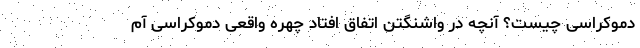
دموکراسی چیست؟ آنچه در واشنگتن اتفاق افتاد چهره واقعی دموکراسی آم